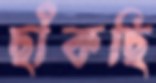
ছাঁকছি